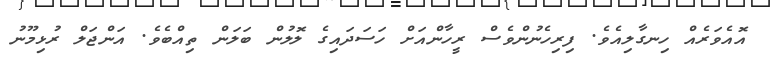
އޮއެވަރެއް ހިނގާލިއެވެ. ފިރިހެނުންވެސް ރީހާންއަށް ހަސަދައިގެ ލޮލުން ބަލަން ތިއްބެވެ. އަންޖަލް ރުޅިމޫނު